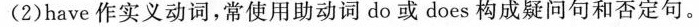
(2)have 作实义动词，常使用助动词do或does构成疑问句和否定句。